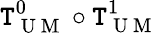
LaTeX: \mathtt{T}_{\mathrm{{~U~M~}}}^{0}\circ\mathtt{T}_{\mathrm{{~U~M~}}}^{1}